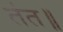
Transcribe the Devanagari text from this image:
तंत॥